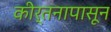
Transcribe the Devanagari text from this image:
कीर्तनापासून